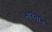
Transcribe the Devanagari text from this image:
भारतान